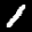
Label: 1